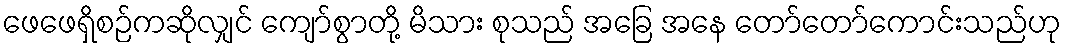
ဖေဖေရှိစဉ်ကဆိုလျှင် ကျော်စွာတို့ မိသား စုသည် အခြေ အနေ တော်တော်ကောင်းသည်ဟု